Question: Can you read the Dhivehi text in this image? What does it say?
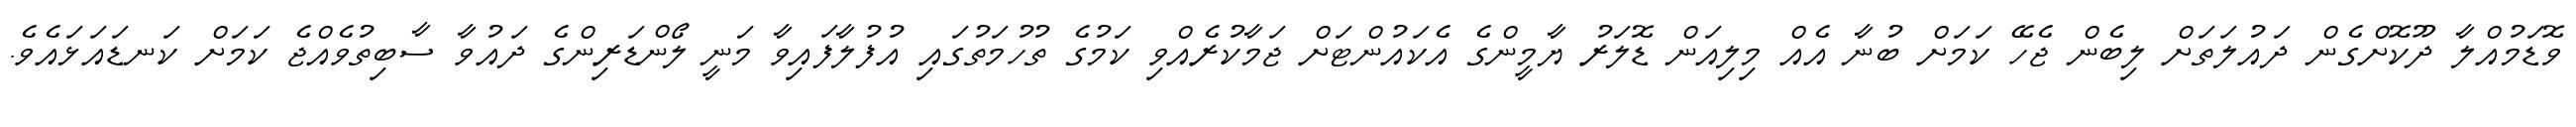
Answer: ވޮޑަމުއްލާ ދޫކޮށްގެން ދައުލަތަށް ލިބެން ޖެހޭ ކަމަށް ބުނާ އެއް މިލިއަން ޑޮލަރު ޔާމީންގެ އެކައުންޓަށް ޖަމާކުރެއްވި ކަމުގެ ތުހުމަތުގައި އުފުލާފައިވާ މަނީ ލޯންޑަރިންގެ ދައުވާ ސާބިތުވެއްޖެ ކަމަށް ކަނޑައަޅައެވެ.